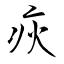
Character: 疢